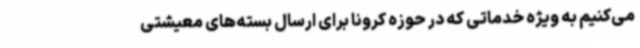
می‌کنیم به ویژه خدماتی که در حوزه کرونا برای ارسال بسته‌های معیشتی